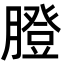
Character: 膯